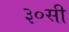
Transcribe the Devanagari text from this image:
३०सी